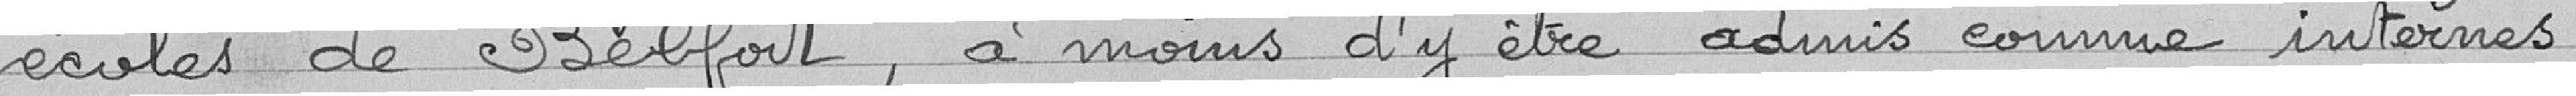
écoles de Belfort, à moins d'y être admis comme internes.